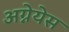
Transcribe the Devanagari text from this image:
अग्नेयेस